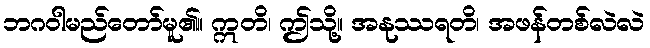
ဘဂဝါမည်တော်မူ၏။ ဣတိ၊ ဤသို့။ အနုဿရတိ၊ အဖန်တစ်လဲလဲ